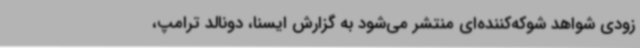
زودی شواهد شوکه‌کننده‌ای منتشر می‌شود به گزارش ایسنا، دونالد ترامپ،